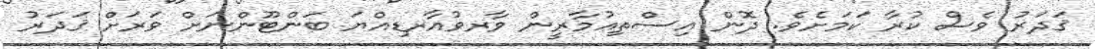
ޤަދަރު ވެސް ކުރާ ކަމަށެވެ. ދޮން އިސްތިޢުމާރީން ވާރވުއާރޑިއްޔަ ބަންޓޫންނަށް ވަރަށް ޤަދަރު